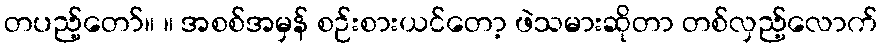
တပည့်တော်။ ။ အစစ်အမှန် စဉ်းစားယင်တော့ ဖဲသမားဆိုတာ တစ်လှည့်လောက်